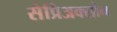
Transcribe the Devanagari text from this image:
सेप्रिअक्सोन